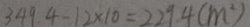
3 4 9 4 - 1 2 \times 1 0 = 2 2 9 . 4 ( m ^ { 2 } )